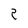
Character: P